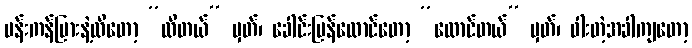
ပန်းကန်ပြားနဲ့ထိတော့ “ထိတယ်” မှတ်၊ ခေါင်းပြန်ထောင်တော့ “ထောင်တယ်” မှတ်၊ ဝါးတဲ့အခါကျတော့